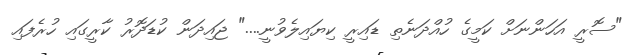
"ސޮރީ އަހަންނަށް ކަމީގެ ހުއްދަނެތި ޑައިރީ ކިޔައިލެވުނީ...." ޖައިދަން ކުޑަދޮރު ކާރީގައި ހުރެފައި